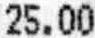
25.00